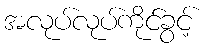
အလုပ်လုပ်ကိုင်ခွင့်